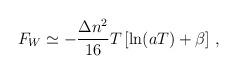
LaTeX: \begin{align*}F_W\simeq -\frac{\Delta n^2}{16}T\left [\ln (aT)+\beta \right ]\,{,}\end{align*}